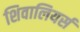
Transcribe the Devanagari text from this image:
शिवालियर्स